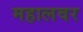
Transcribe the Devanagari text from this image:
महालवर